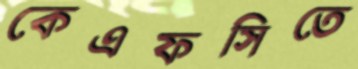
কেএফসিতে